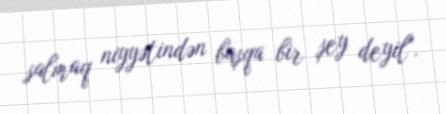
salmaq niyyətindən başqa bir şey deyil".